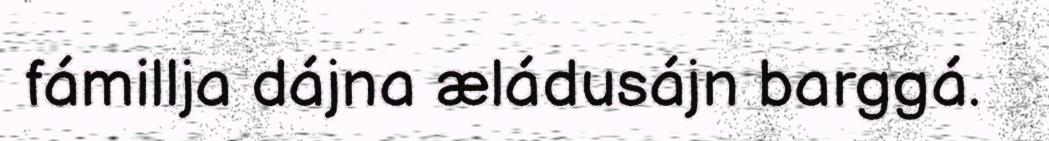
fámillja dájna æládusájn barggá.